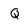
Character: Q